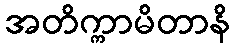
အတိက္ကာမိတာနိ